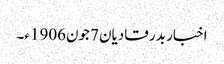
اخبار بدر قادیان 7جون1906ء۔